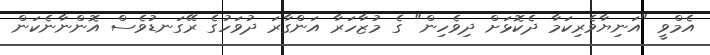
އެމްވީ "އަނިޔާވެރިކަމާ ދެކޮޅަށް ދިވެހިން" ގެ މުޒާހަރާ އަންގާރަ ދުވަހުގެ ރޭގަނޑުވެސް އޮންނާނެކަން